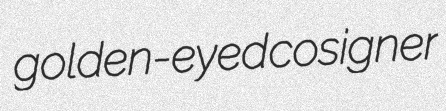
golden-eyed cosigner